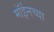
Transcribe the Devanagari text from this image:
मॉईनच्या